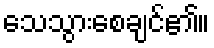
သေသွားစေချင်၏။